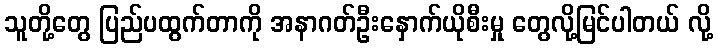
သူတို့တွေ ပြည်ပထွက်တာကို အနာဂတ်ဦးနှောက်ယိုစီးမှု တွေလို့မြင်ပါတယ် လို့